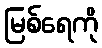
မြစ်ရေကို